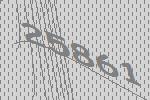
25861